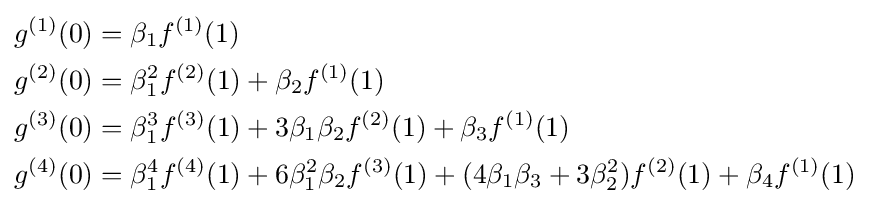
{\begin{aligned}g^{(1)}(0)&=\beta _{1}f^{(1)}(1)\\g^{(2)}(0)&=\beta _{1}^{2}f^{(2)}(1)+\beta _{2}f^{(1)}(1)\\g^{(3)}(0)&=\beta _{1}^{3}f^{(3)}(1)+3\beta _{1}\beta _{2}f^{(2)}(1)+\beta _{3}f^{(1)}(1)\\g^{(4)}(0)&=\beta _{1}^{4}f^{(4)}(1)+6\beta _{1}^{2}\beta _{2}f^{(3)}(1)+(4\beta _{1}\beta _{3}+3\beta _{2}^{2})f^{(2)}(1)+\beta _{4}f^{(1)}(1)\\\end{aligned}}